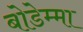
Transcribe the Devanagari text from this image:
बोडेम्मा